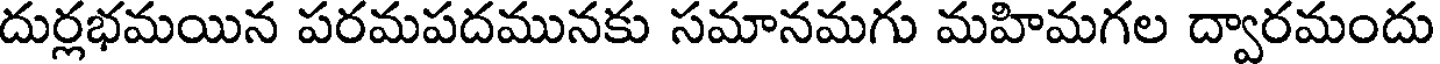
దుర్లభమయిన పరమపదమునకు సమానమగు మహిమగల ద్వారమందు